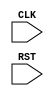
module TOP(CLK, RST);
  input CLK, RST;
  reg [7:0] cnt;

  always @(posedge CLK or negedge RST) begin
    if(RST) begin
      cnt <= 'd0;
    end else begin
      cnt <= cnt + 1'sd1;
    end
  end

endmodule